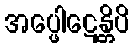
အပ္ဖေါဋေန္တိပိ